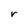
Character: r